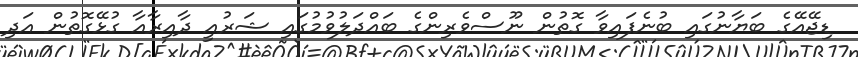
ޑިޖޭއޭގެ ބަޔާނުގައި ބުނެފައިވާ ގޮތުން ނޫސްވެރިންގެ ބައްދަލުވުމުގައި ޝަރުއީ ދާއިރާއާ ގުޅޭގޮތުން އަދި